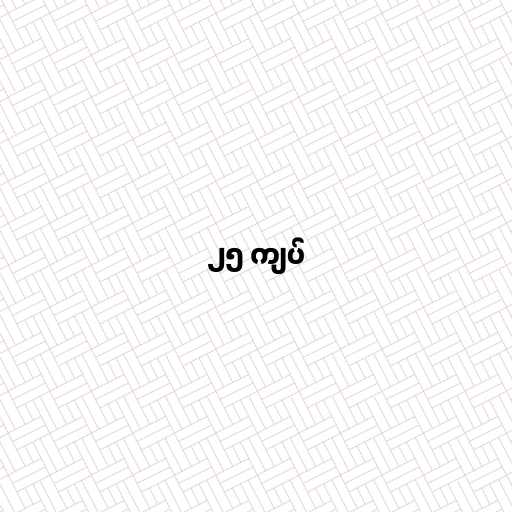
၂၅ ကျပ်